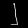
Digit: ၂